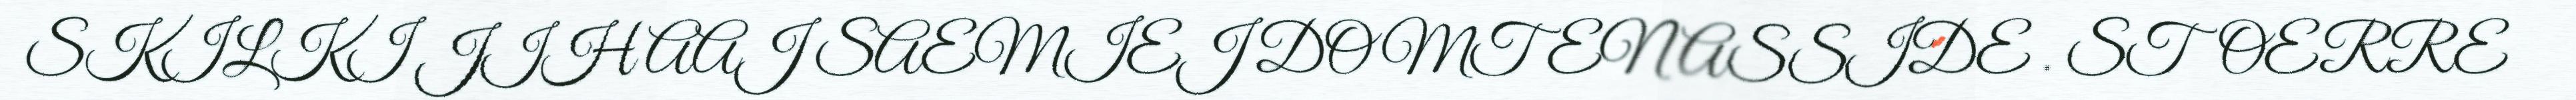
SKILKI JIH AAJ SAEMIEJ DOMTENASSIDE . STOERRE